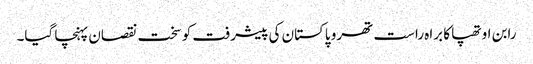
رابن اوتھپا کا براہ راست تھرو پاکستان کی پیشرفت کو سخت نقصان پہنچا گیا۔